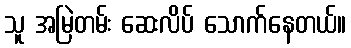
သူ အမြဲတမ်း ဆေးလိပ် သောက်နေတယ်။